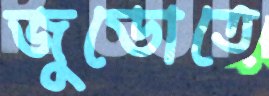
জুডোতে